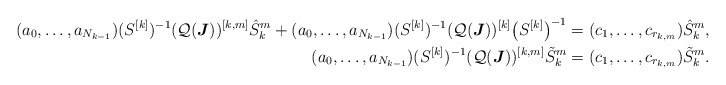
\begin{align*}(a_0,\dots, a_{N_{k-1}})(S^{[k]})^{-1}(\mathcal Q(\boldsymbol J))^{[k,m]}\hat S^m_k+(a_0,\dots, a_{N_{k-1}})(S^{[k]})^{-1}(\mathcal Q(\boldsymbol J))^{[k]}\big(S^{[k]}\big)^{-1}&=(c_1,\dots,c_{r_{k,m}})\hat S^m_k,\\(a_0,\dots, a_{N_{k-1}})(S^{[k]})^{-1}(\mathcal Q(\boldsymbol J))^{[k,m]}\tilde S^m_k&=(c_1,\dots,c_{r_{k,m}})\tilde S^m_k.\end{align*}